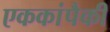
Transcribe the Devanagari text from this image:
एककांपैकी